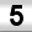
Digit: 5